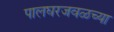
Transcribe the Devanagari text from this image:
पालघरजवळच्या